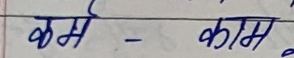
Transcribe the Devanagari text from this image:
कर्म - काम